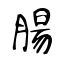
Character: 腸